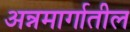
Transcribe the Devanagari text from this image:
अन्नमार्गातील